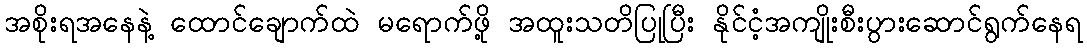
အစိုးရအနေနဲ့ ထောင်ချောက်ထဲ မရောက်ဖို့ အထူးသတိပြုပြီး နိုင်ငံ့အကျိုးစီးပွားဆောင်ရွက်နေရ